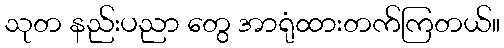
သုတ နည်းပညာ တွေ အာရုံထားတက်ကြတယ်။